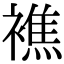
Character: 𧝈